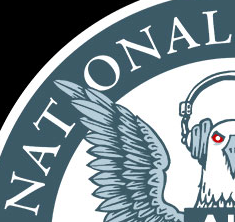
NAT ONAL